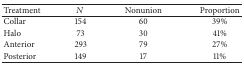
<table><thead><tr><td><b>Treatment</b></td><td><b><i>N</i></b></td><td><b>Nonunion</b></td><td><b>Proportion</b></td></tr></thead><tbody><tr><td>Collar</td><td>154</td><td>60</td><td>39%</td></tr><tr><td>Halo</td><td>73</td><td>30</td><td>41%</td></tr><tr><td>Anterior</td><td>293</td><td>79</td><td>27%</td></tr><tr><td>Posterior</td><td>149</td><td>17</td><td>11%</td></tr></tbody></table>